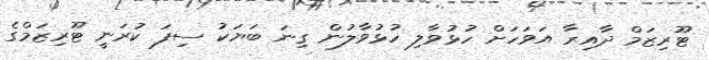
ޓޫރިޒަމް ދާއިރާ އަވަހަށް ހުޅުވާލި ހުޅުވާލުން ގިނަ ބަޔަކު ސިފަ ކުރަނީ ޓޫރިޒަމްގެ